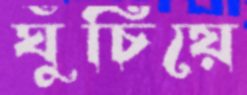
ঘুঁচিয়ে